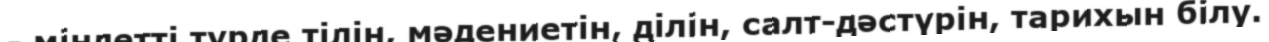
- міндетті түрде тілін, мәдениетін, ділін, салт-дәстүрін, тарихын білу.